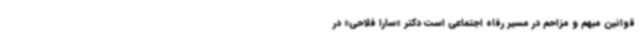
قوانین مبهم و مزاحم در مسیر رفاه اجتماعی است دکتر «سارا فلاحی» در